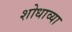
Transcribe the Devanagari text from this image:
शोधाव्या